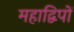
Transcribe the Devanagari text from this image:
महाद्विपों